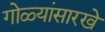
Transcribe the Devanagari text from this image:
गोळ्यांसारखे